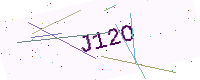
Text: J12O